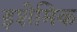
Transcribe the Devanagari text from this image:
इशेमिक